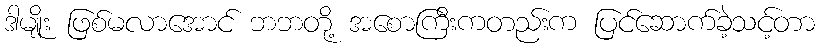
ဒါမျိုး ဖြစ်မလာအောင် ဘဘတို့ အစောကြီးကတည်းက ပြင်ဆောက်ခဲ့သင့်တာ